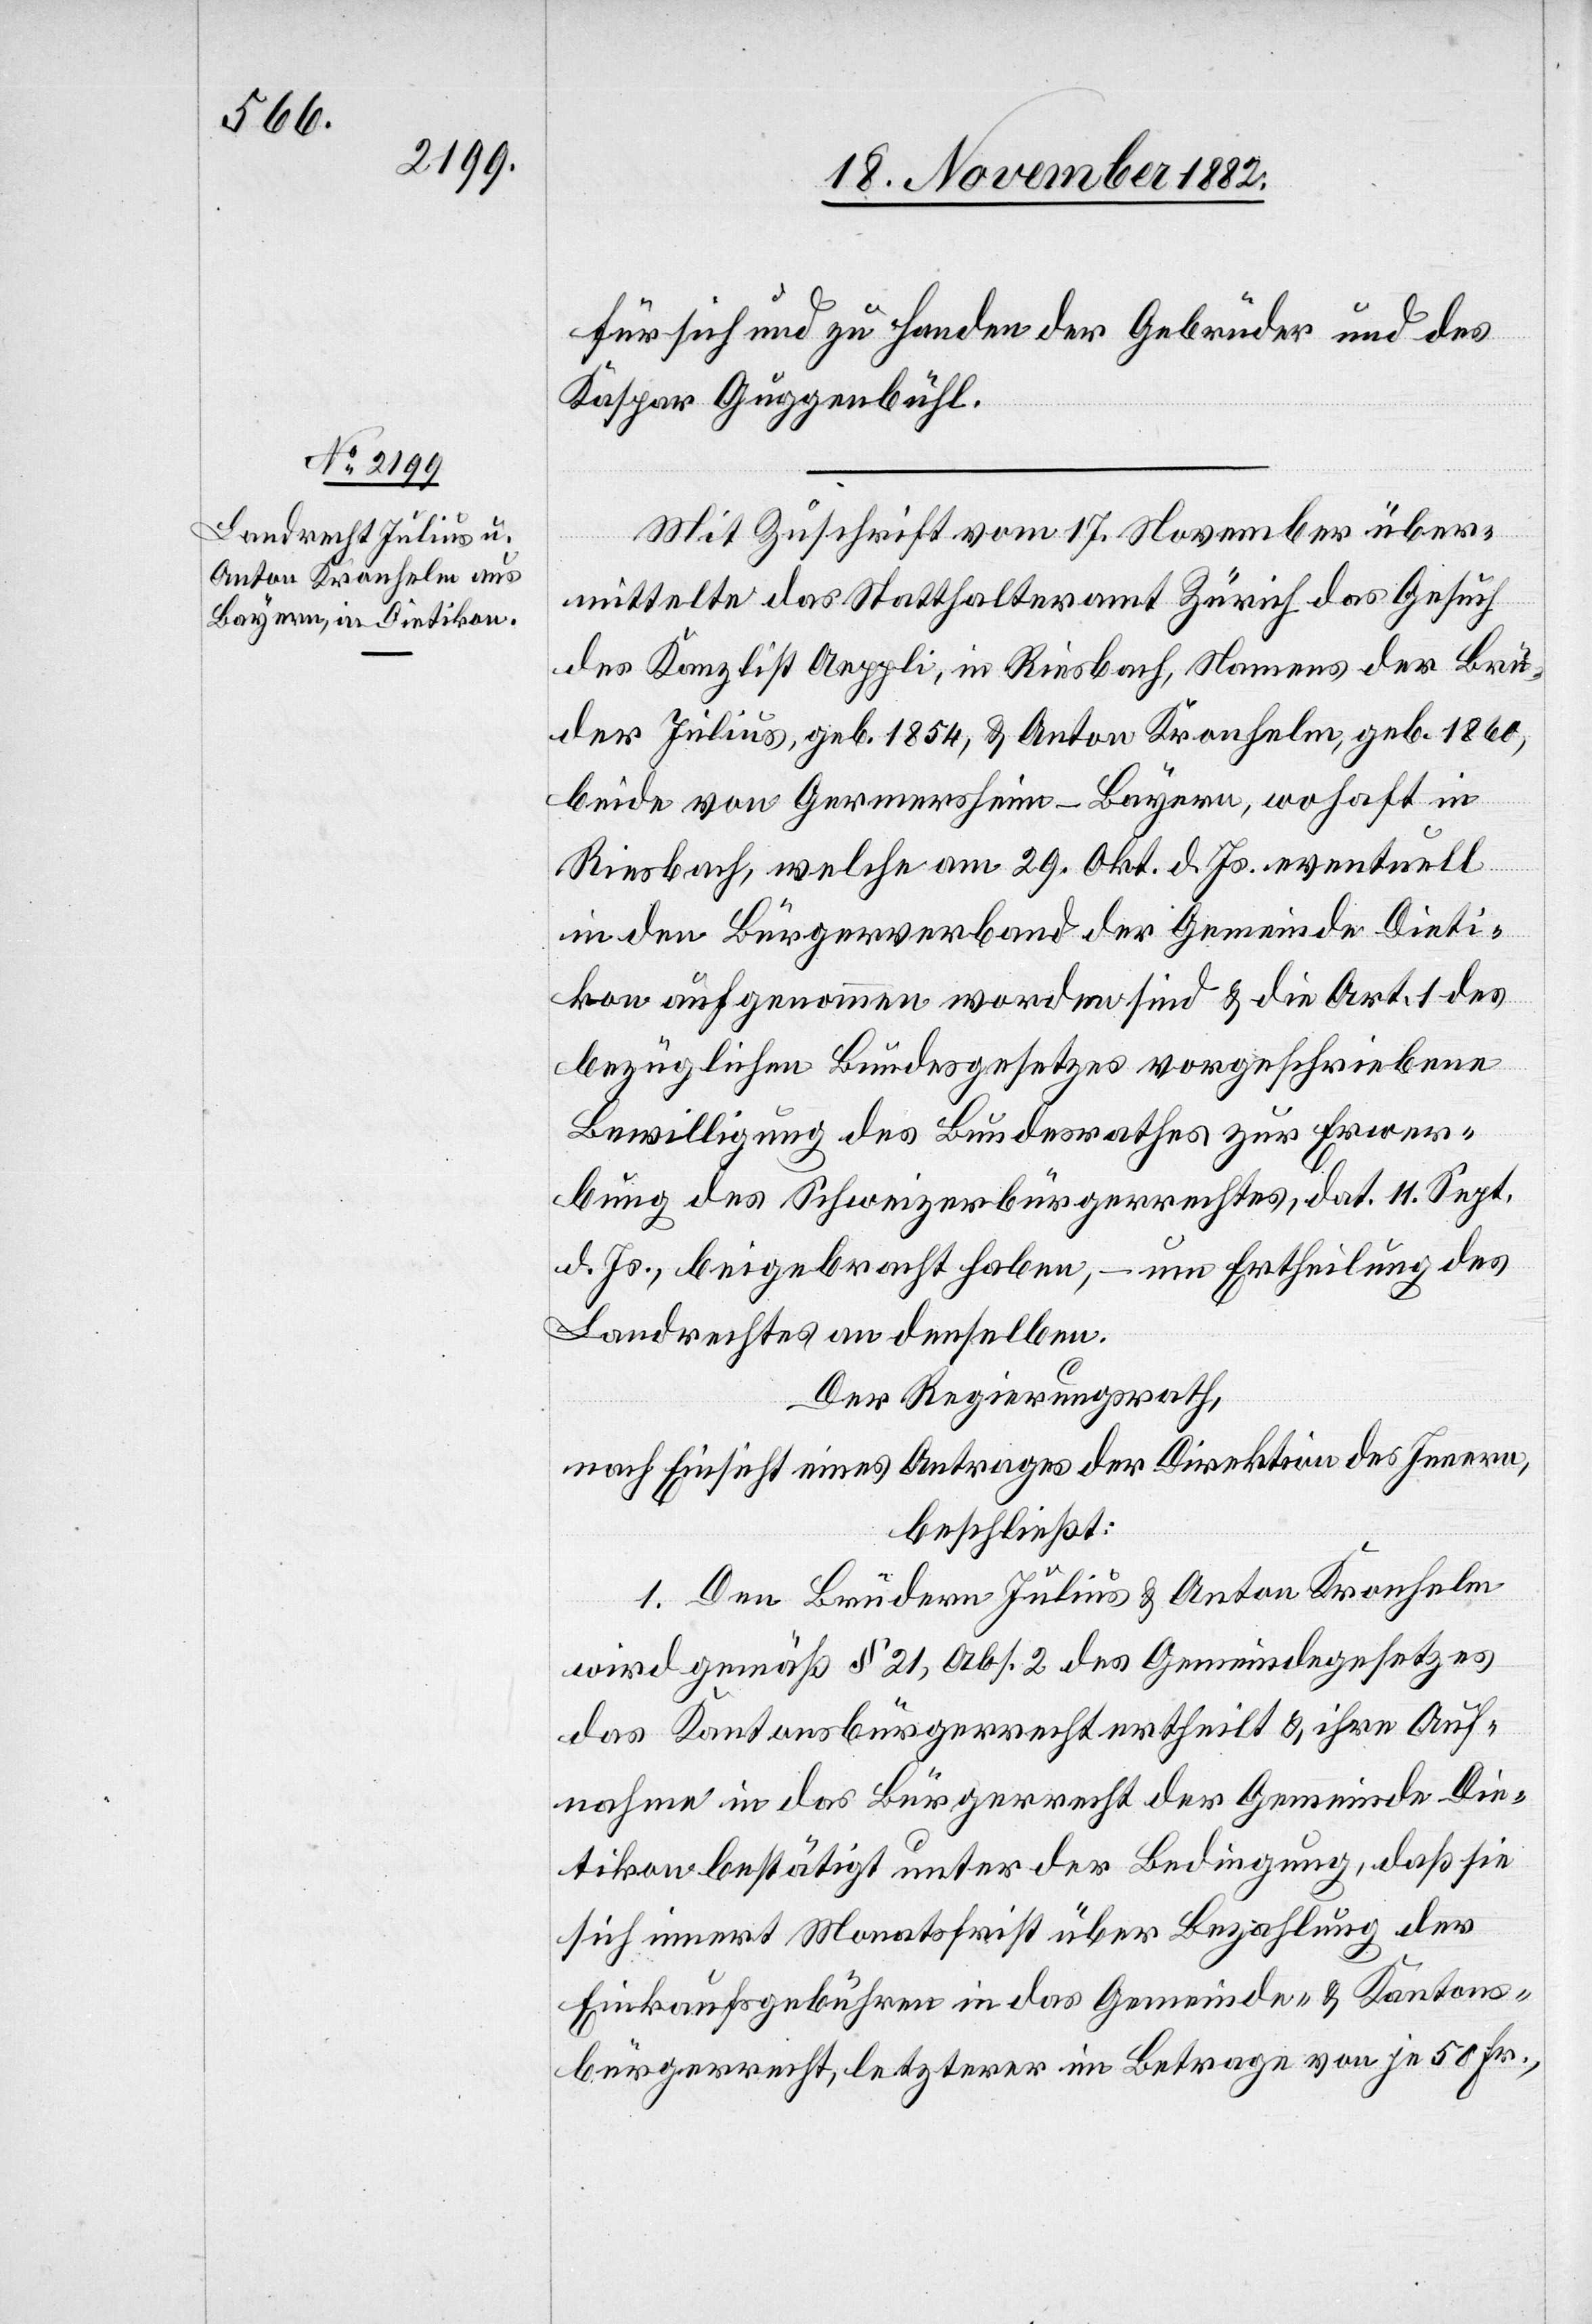
für sich und zu Handen der Gebrüder und des
Kaspar Guggenbühl.
Mit Zuschrift vom 17. November über¬
mittelte das Statthalteramt Zürich das Gesuch
des Kanzlist Aeppli, in Riesbach, Namens der Brü¬
der Julius, geb. 1854, & Anton Kronhelm, geb. 1860,
beide von Germersheim - Bayern, woh[nh]aft in
Riesbach, welche am 29. Okt. d. Js. eventuell
in den Bürgerverband der Gemeinde Dieti¬
kon aufgenommen worden sind & die Art. 1 des
bezüglichen Bundesgesetzes vorgeschriebene
Bewilligung des Bundesrathes zur Erwer¬
bung des Schweizerbürgerrechtes, dat. 11. Sept.
d. Js., beigebracht haben, – um Ertheilung des
Landrechtes an denselben.
Der Regierungsrath,
nach Einsicht eines Antrages der Direktion des Innern,
beschließt:
1. Den Brüdern Julius & Anton Kronhelm
wird gemäß § 21, Ans. 2 des Gemeindegesetzes
das Kantonsbürgerrecht ertheilt & ihre Auf¬
nahme in das Bürgerrecht der Gemeinde Die¬
tikon bestätigt unter der Bedingung, daß sie
sich innert Monatsfrist über Bezahlung der
Einkaufsgebühren in das Gemeinde- & Kantons¬
bürgerrecht, letzterer im Betrage von je 50 Fr.,